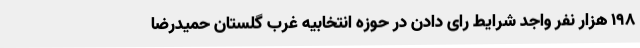
198 هزار نفر واجد شرایط رای دادن در حوزه انتخابیه غرب گلستان حمیدرضا